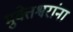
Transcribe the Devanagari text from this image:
मुक्तेश्वरांना